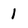
Character: 1